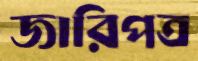
জারিপত্র